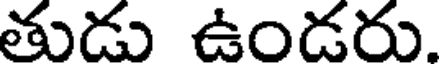
తుడు ఉండరు.